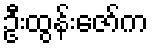
ဦးထွန်းဇော်က